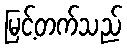
မြင့်တက်သည်